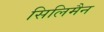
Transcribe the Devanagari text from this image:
सिलिमैन